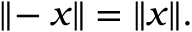
\| \! - x \| = \| x \| .